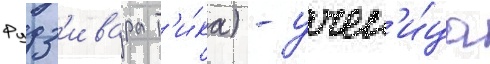
Фудз'ивара т'и́ка) - учен'и́ца